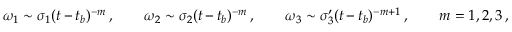
\omega _ { 1 } \sim \sigma _ { 1 } ( t - t _ { b } ) ^ { - m } \, , \qquad \omega _ { 2 } \sim \sigma _ { 2 } ( t - t _ { b } ) ^ { - m } \, , \qquad \omega _ { 3 } \sim \sigma _ { 3 } ^ { \prime } ( t - t _ { b } ) ^ { - m + 1 } \, , \qquad m = 1 , 2 , 3 \, ,